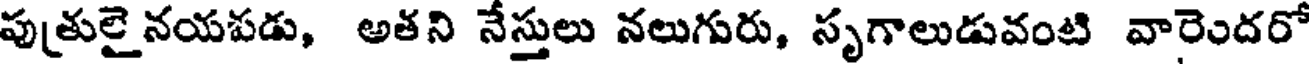
పుత్రులైనయపడు, అతని నేస్తులు నలుగురు, సృగాలుడువంటి వారెందరో